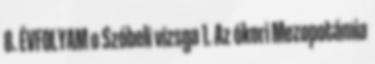
8. ÉVFOLYAM o Szóbeli vizsga 1. Az ókori Mezopotámia